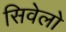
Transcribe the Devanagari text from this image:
सिवेलो